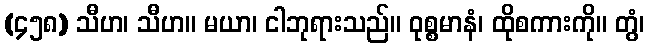
(၄၅၈) သီဟ၊ သီဟ။ မယာ၊ ငါဘုရားသည်။ ဝုစ္စမာနံ၊ ထိုစကားကို။ တွံ၊